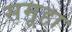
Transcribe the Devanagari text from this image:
समूहा